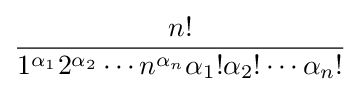
{\frac {n!}{1^{\alpha _{1}}2^{\alpha _{2}}\dotsm n^{\alpha _{n}}\alpha _{1}!\alpha _{2}!\dotsm \alpha _{n}!}}